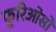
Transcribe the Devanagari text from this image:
फूरिओसो